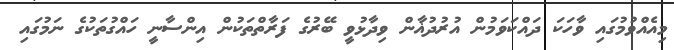
މިއެއްވުމުގައި ވާހަކަ ދައްކަވަމުން އުރުދުޣާން ވިދާޅުވީ ބޭރުގެ ފަރާތްތަކުން އިންސާނީ ހައްގުތަކުގެ ނަމުގައި